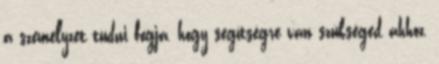
a személyzet tudni fogja, hogy segítségre van szükséged ahhoz,